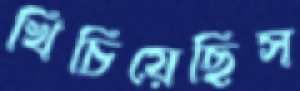
খিচিয়েছিস